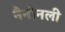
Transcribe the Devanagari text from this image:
नैनोनली